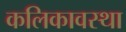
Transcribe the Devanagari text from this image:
कलिकावस्था